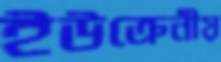
ইউক্রেনীয়